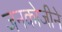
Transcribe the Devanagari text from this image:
जनकोजीने